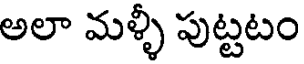
అలా మళ్ళీ పుట్టటం